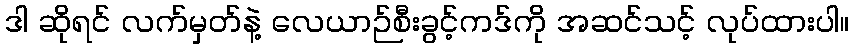
ဒါ ဆိုရင် လက်မှတ်နဲ့ လေယာဉ်စီးခွင့်ကဒ်ကို အဆင်သင့် လုပ်ထားပါ။